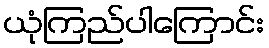
ယုံကြည်ပါကြောင်း